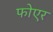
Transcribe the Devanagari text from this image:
फोएर